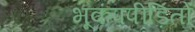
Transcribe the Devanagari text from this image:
भूकंपपीड़ितों